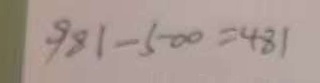
9 8 1 - 5 0 0 = 4 8 1